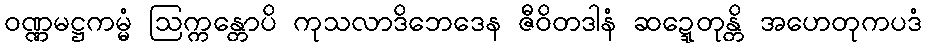
ဝဏ္ဏမဋ္ဌကမ္မံ ဩက္ကန္တောပိ ကုသလာဒိဘေဒေန ဇီဝိတဒါနံ ဆဍ္ဍေတုန္တိ အဟေတုကပဒံ